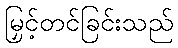
မြှင့်တင်ခြင်းသည်